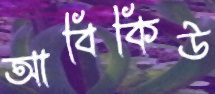
আবিকিউ